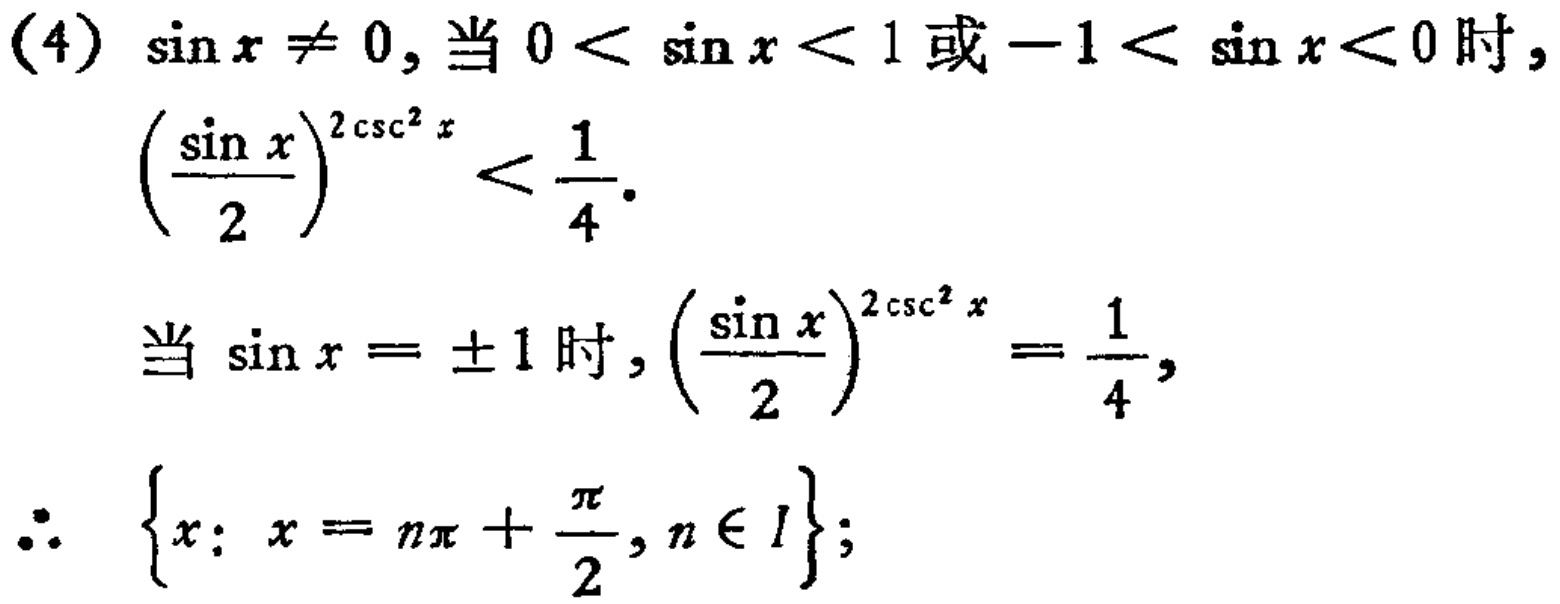
(4) $\sin x\neq 0$, 当 $0<\sin x<1$ 或 $-1<\sin x<0$ 时,
   \[
   \left(\frac{\sin x}{2}\right)^{2\csc^{2}x}<\frac{1}{4}.
   \]
当 $\sin x = \pm 1$ 时, $\left(\frac{\sin x}{2}\right)^{2\csc^{2}x}=\frac{1}{4}$,
\[\therefore \left\{x: x = n\pi+\frac{\pi}{2}, n\in I\right\};\]